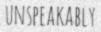
UNSPEAKABLY